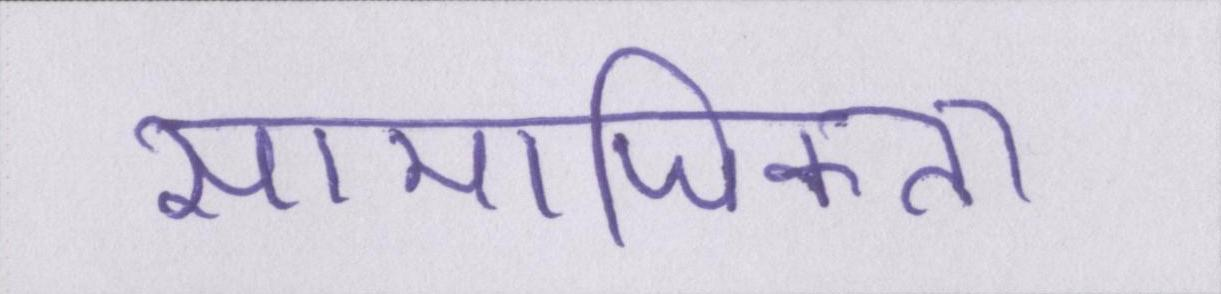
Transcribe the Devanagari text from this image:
सामाजिकता